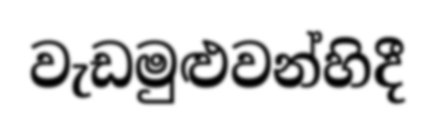
වැඩමුළුවන්හිදී